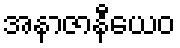
အနာဇာနီယေဝ